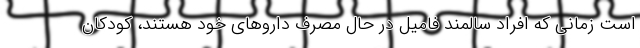
است زمانی که افراد سالمند فامیل در حال مصرف داروهای خود هستند، کودکان